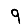
Digit: 9